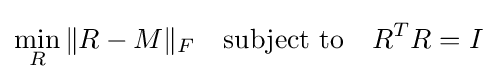
\min _{R}\|R-M\|_{F}\quad \mathrm {subject\ to} \quad R^{T}R=I